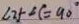
\angle 2 + \angle C = 9 0 ^ { \circ }